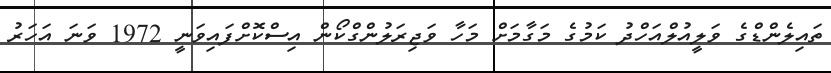
ތައިލެންޑްގެ ވަލީއުލްއަހްދު ކަމުގެ މަގާމަށް މަހާ ވަޖިރަލުންގްކޯން އިސްކޮށްފައިވަނީ 1972 ވަނަ އަހަރު